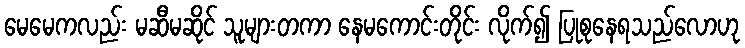
မေမေကလည်း မဆီမဆိုင် သူများတကာ နေမကောင်းတိုင်း လိုက်၍ ပြုစုနေရသည်လောဟု